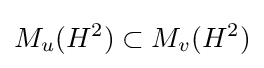
M_{u}(H^{2})\subset M_{v}(H^{2})